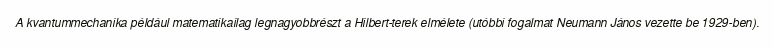
A kvantummechanika például matematikailag legnagyobbrészt a Hilbert-terek elmélete (utóbbi fogalmat Neumann János vezette be 1929-ben).